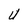
Character: U